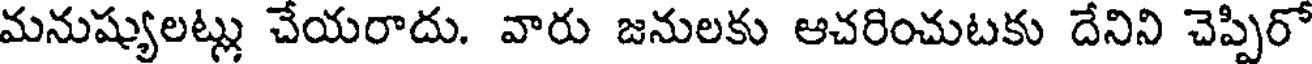
మనుష్యులట్లు చేయరాదు. వారు జనులకు ఆచరించుటకు దేనిని చెప్పిరో